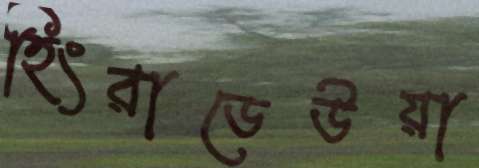
হিংরাডেউয়া